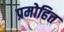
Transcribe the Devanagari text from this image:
प्रमोहित